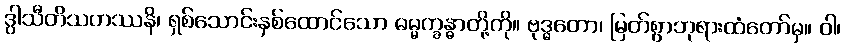
ဒွါသီတိသဟဿနိ၊ ရှစ်သောင်းနှစ်ထောင်သော ဓမ္မက္ခန္ဓာတို့ကို။ ဗုဒ္ဓတော၊ မြတ်စွာဘုရားထံတော်မှ။ ဝါ၊